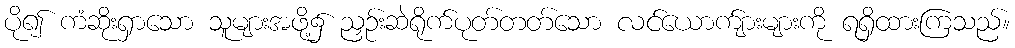
ပို၍ ကံဆိုးရှာသော သူများအဖို့၌ ညှဉ်းဆဲရိုက်ပုတ်တတ်သော လင်ယောက်ျားများကို ရရှိထားကြသည်။